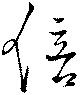
倍